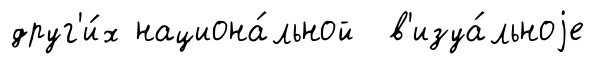
друг'и́х национа́льной в'изуа́льноjе